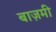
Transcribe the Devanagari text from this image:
बाज़मी